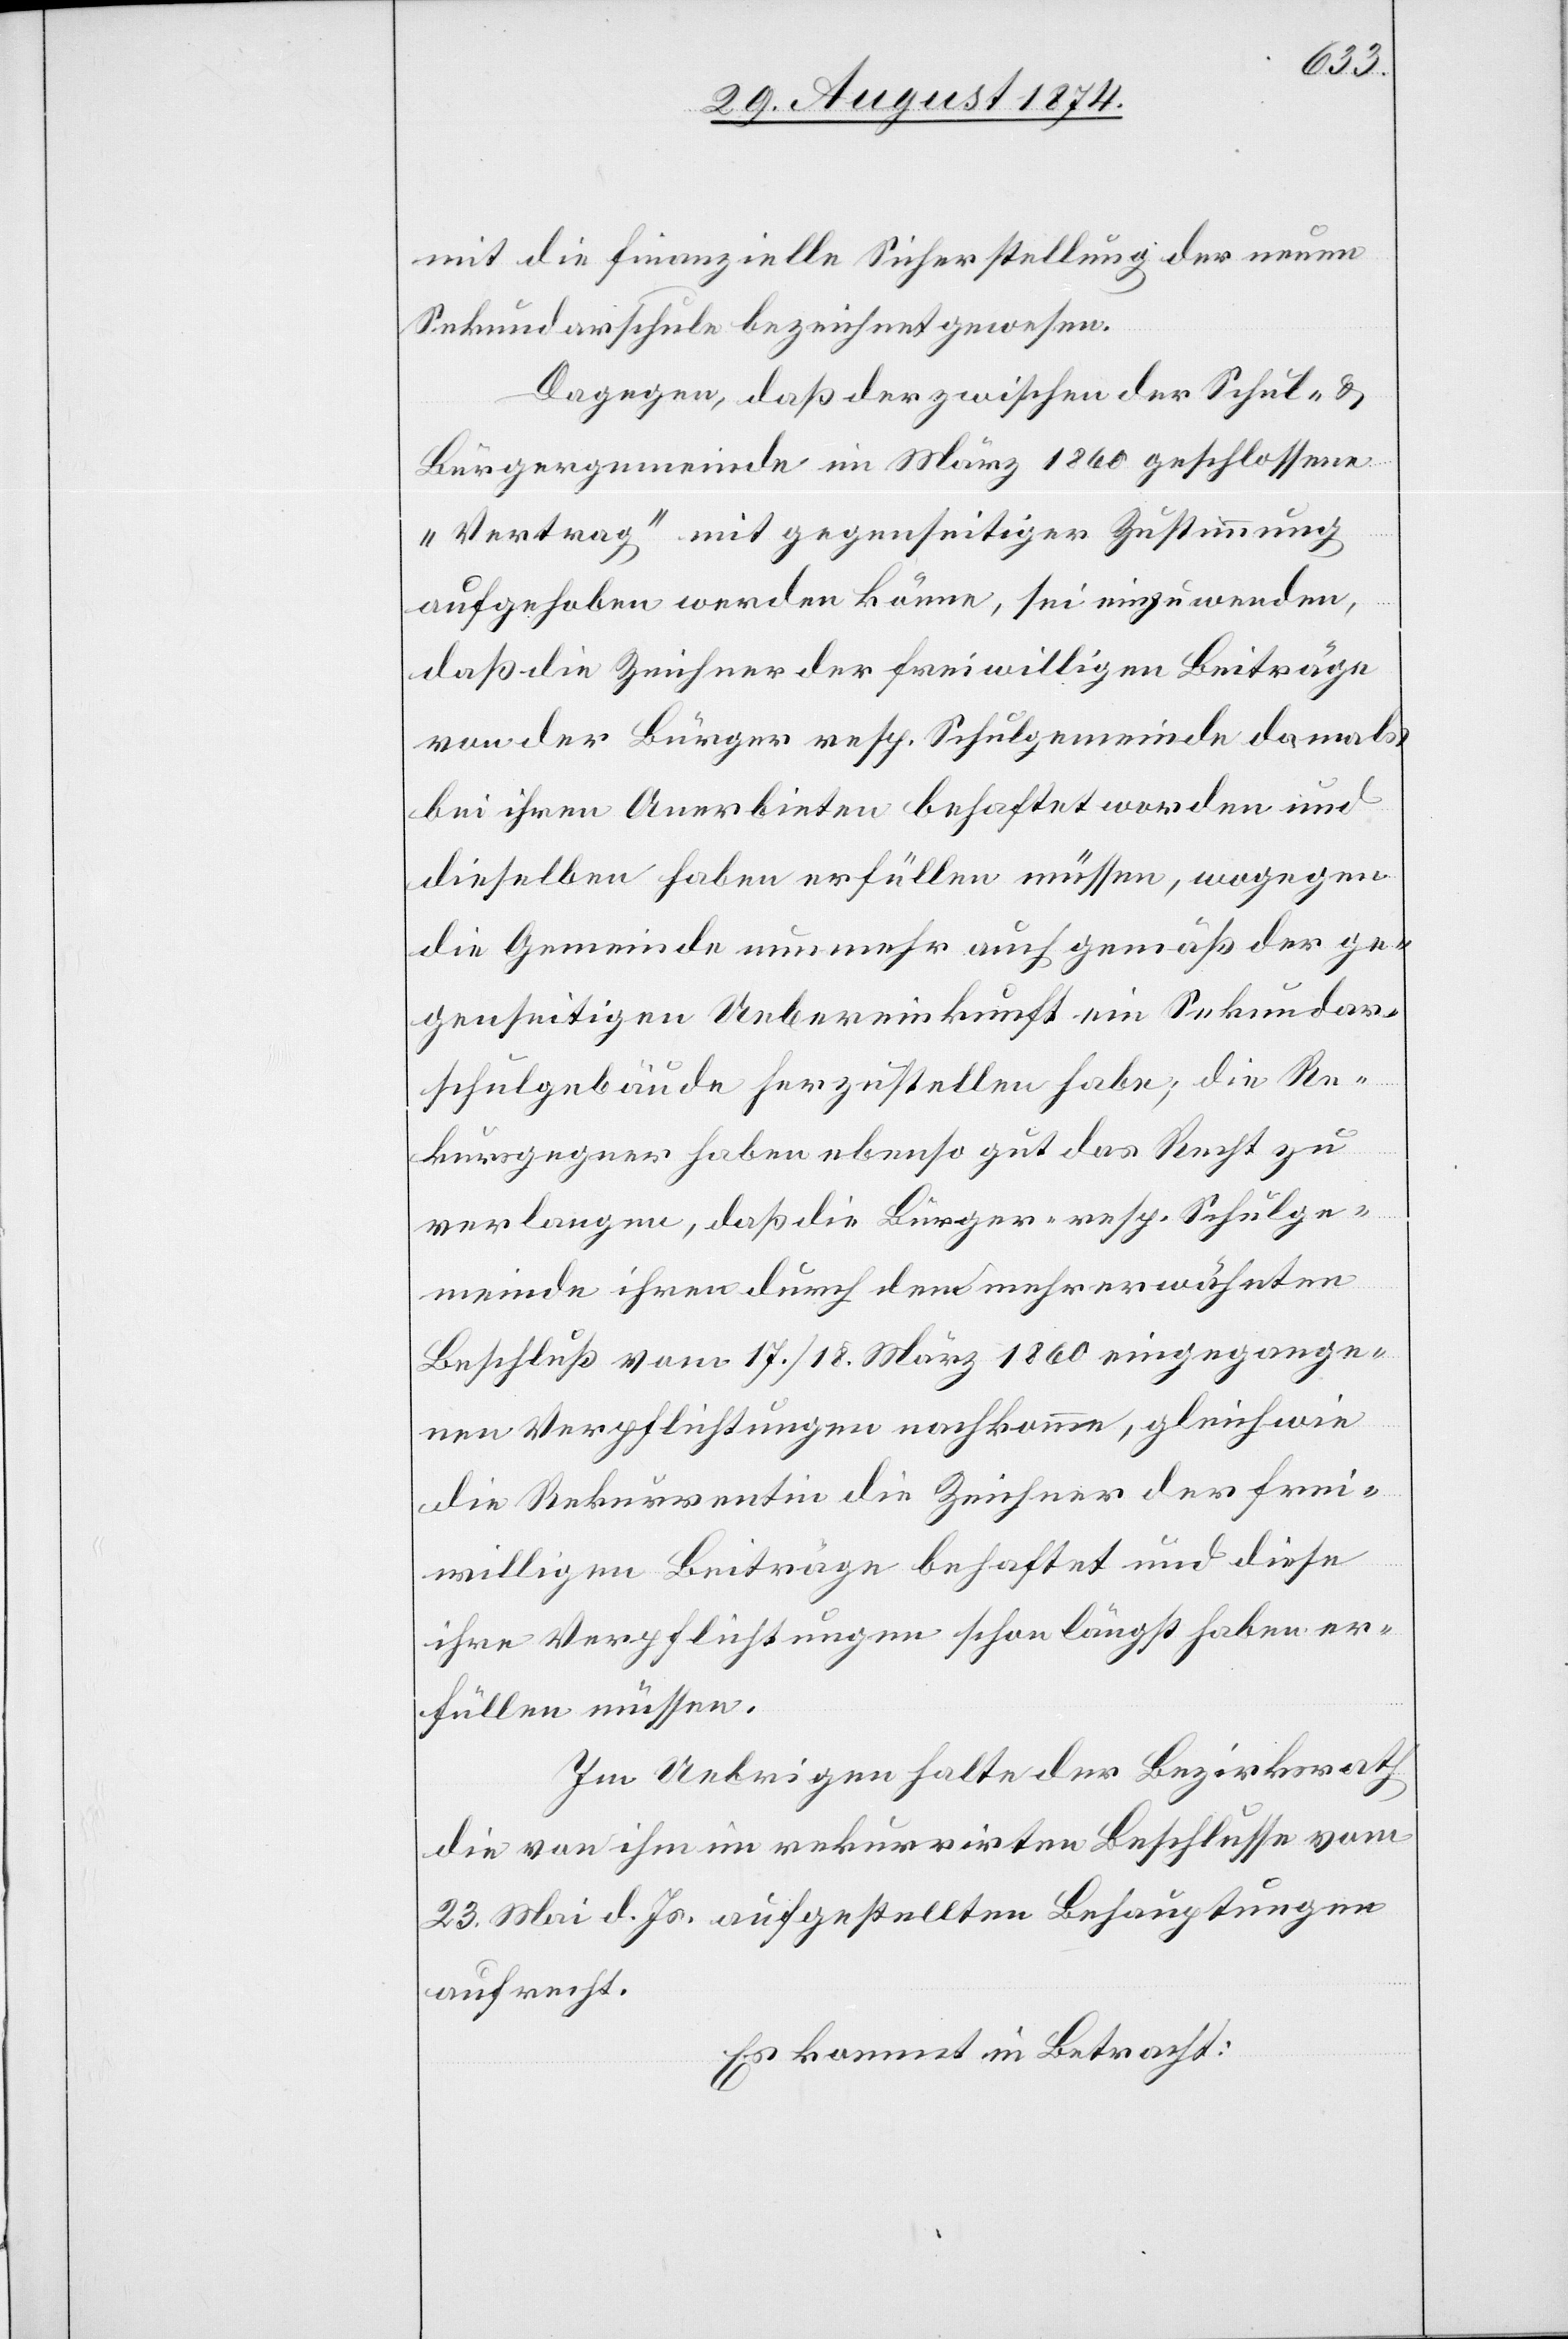
mit die finanzielle Sicherstellung der neuen
Sekundarschule bezeichnet gewesen.
Dagegen, daß der zwischen der Schul- u.
Bürgergemeinde im März 1860 geschlossene
„Vertrag“ mit gegenseitiger Zustimmung
aufgehoben werden könne, sei einzuwenden,
daß die Zeichner der freiwilligen Beiträge
von der Bürger resp. Schulgemeinde damals
bei ihren Anerbieten behaftet worden und
dieselben haben erfüllen müssen, wogegen
die Gemeinde nunmehr auch gemäß der ge¬
genseitigen Uebereinkunft ein Sekundar¬
schulgebäude herzustellen habe; die Re¬
kursgegner haben ebenso gut das Recht zu
verlangen, daß die Bürger- resp. Schulge¬
meinde ihren durch den mehrerwähnten
Beschluß vom 17./18. März 1860 eingegange¬
nen Verpflichtungen nachkomme, gleichwie
die Rekurrentin die Zeichner der frei¬
willigen Beiträge behaftet und diese
ihre Verpflichtungen schon längst haben er¬
füllen müssen.
Im Uebrigen halte der Bezirksrath
die von ihm im rekurrirten Beschlusse vom
23. Mai d. Js. aufgestellten Behauptungen
aufrecht.
Es kommt in Betracht: